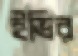
ইভির